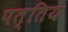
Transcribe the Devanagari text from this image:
पत्तिय